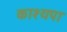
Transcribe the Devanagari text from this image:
काश्यपा